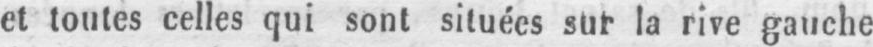
et toutes celles qui sont situées sur la rive gauche